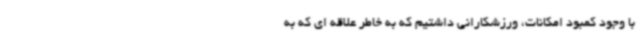
با وجود کمبود امکانات، ورزشکارانی داشتیم که به خاطر علاقه ای که به